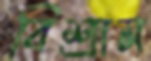
বিশ্রাম